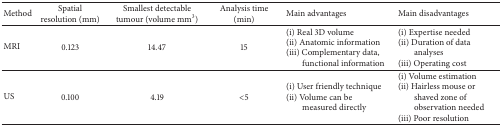
| Method | Spatial resolution (mm) | Smallest detectable tumour (volume mm3) | Analysis time (min) | Main advantages | Main disadvantages |
 | --- | --- | --- | --- | --- | --- |
 | MRI | 0.123 | 14.47 | 15 | (i) Real 3D volume(ii) Anatomic information(iii) Complementary data, functional information | (i) Expertise needed(ii) Duration of data analyses(iii) Operating cost |
 | US | 0.100 | 4.19 | <5 | (i) User friendly technique(ii) Volume can be measured directly | (i) Volume estimation(ii) Hairless mouse or shaved zone of observation needed(iii) Poor resolution |